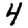
Digit: 4